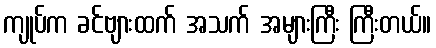
ကျုပ်က ခင်ဗျားထက် အသက် အများကြီး ကြီးတယ်။